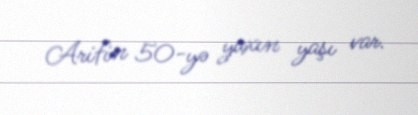
Arifin 50-yə yaxın yaşı var.